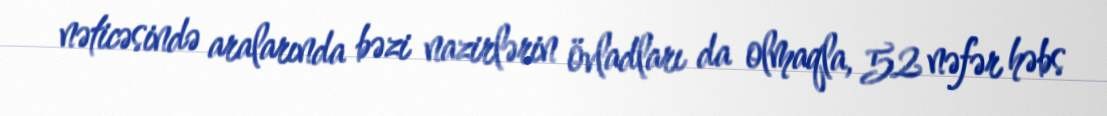
nəticəsində aralarında bəzi nazirlərin övladları da olmaqla, 52 nəfər həbs